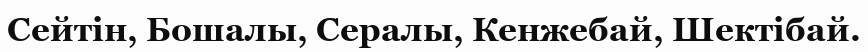
Сейтін, Бошалы, Сералы, Кенжебай, Шектібай.